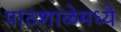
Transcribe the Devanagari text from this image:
पाठशाळेमध्ये